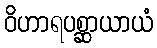
ဝိဟာရပစ္ဆာယာယံ